Riigikantselei, lk 24
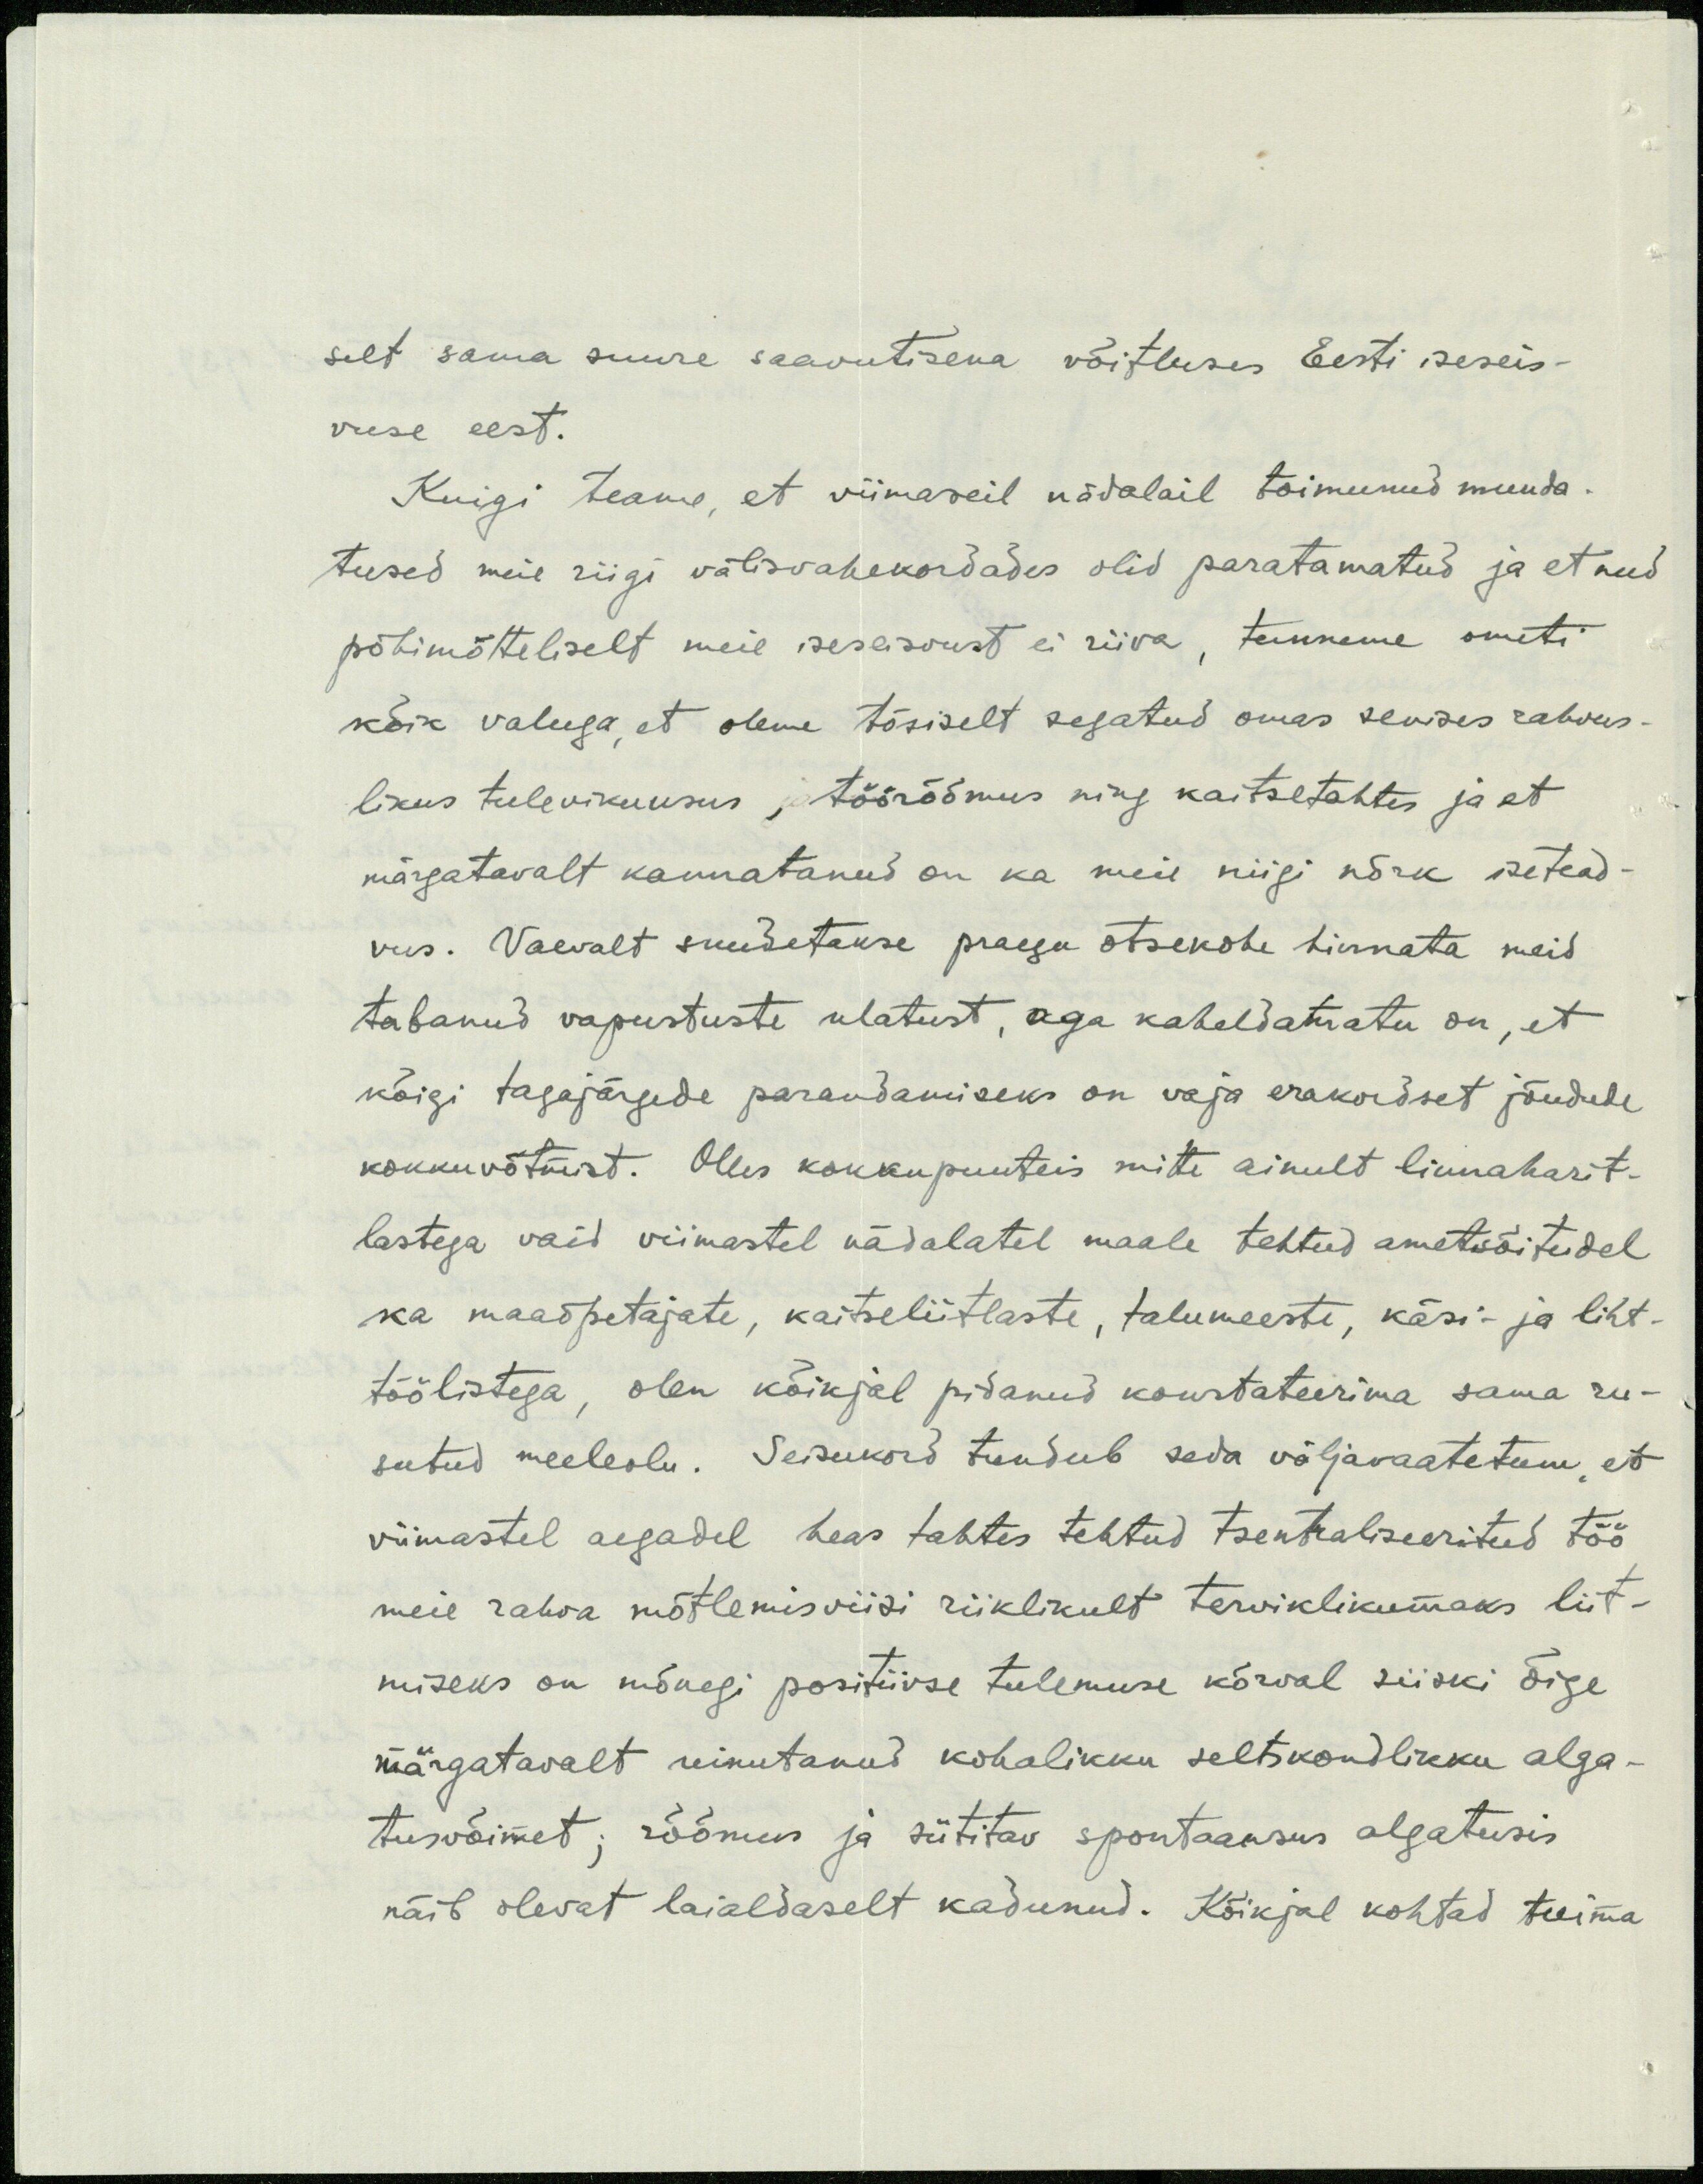
selt sama suure saavutisena võitluses Eesti iseseis-
vuse eest.
Kuigi teame, et viimaseil nädalail toimunud muuda-
tused meie riigi välisvahekordades olid paratamatud ja et need
põhimõtteliselt meie iseseisvust ei riiva, tunneme ometi
kõik valuga, et oleme tõsiselt segatud omas senises rahvus-
likus tulevikuusus ja töörõõmus ning kaitsetahtes ja et
märgatavalt kannatanud on ka meie niigi nõrk isetead-
vus. Vaevalt suudetakse praegu otsekohe hinnata meid
tabanud vapustuste ulatust, aga kaheldamatu on, et
kõigi tagajärgede parandamiseks on vaja erakordset jõudude
kokkuvõtmist. Olles kokkupuuteis mitte ainult linnaharit-
lastega vaid viimastel nädalatel maale tehtud ametisõitudel
ka maaõpetajate, kaitseliitlaste, talumeeste, käsi- ja liht-
töölistega, olen kõikjal pidanud konstateerima sama ru-
sutud meeleolu. Seisukord tundub seda võljavaatetum, et
viimastel aegadel heas tahtes tehtud tsentrliseeritud töö
meie rahva mõtlemisviisi riiklikult terviklikumaks liit-
miseks on mõnegi positiivse tulemuse kõrval siiski õige
märgatavalt uinutanud kohalikku seltskondlikku alga-
tusvõimet; rõõmus ja sütitav spontaaksu algatusis
näib olevat laialdaselt kadunud. Kõikjal kohtad tuima